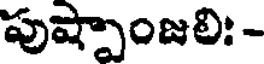
పుష్పాంజలి: -